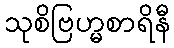
သုစိဗြဟ္မစာရိနီ